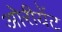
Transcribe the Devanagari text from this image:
ओरीयेंट